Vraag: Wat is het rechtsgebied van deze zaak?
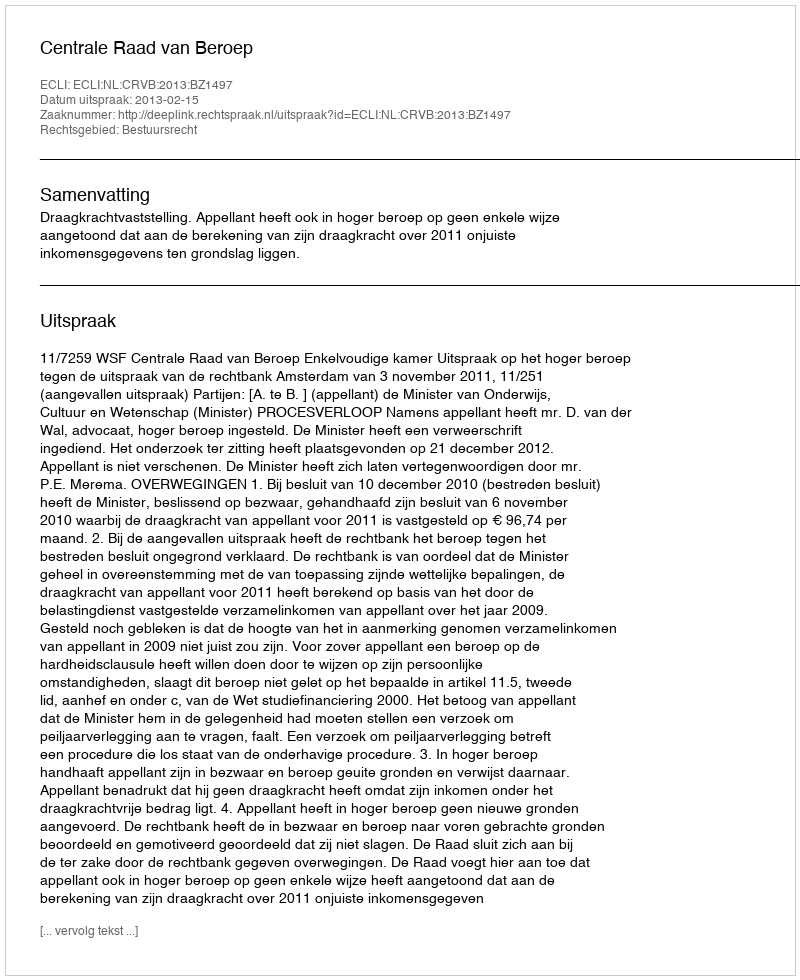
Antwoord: Bestuursrecht